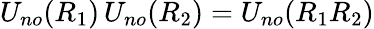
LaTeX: U_{no}(R_{1})\, U_{no}(R_{2})=U_{no}(R_{1}R_{2})